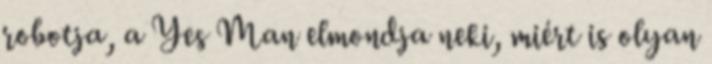
robotja, a Yes Man elmondja neki, miért is olyan